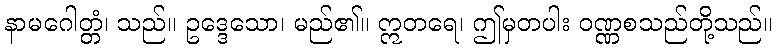
နာမဂေါတ္တံ၊ သည်။ ဥဒ္ဒေသော၊ မည်၏။ ဣတရေ၊ ဤမှတပါး ဝဏ္ဏစသည်တို့သည်။